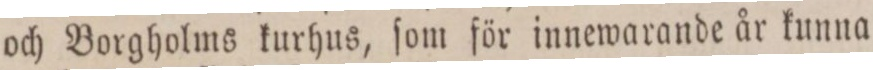
och Borgholms kurhus, ſom för innewarande år kunna